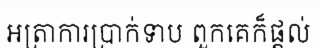
អត្រាការប្រាក់ទាប ពួកគេក៏ផ្តល់